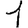
Digit: 1